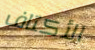
الأكتاف